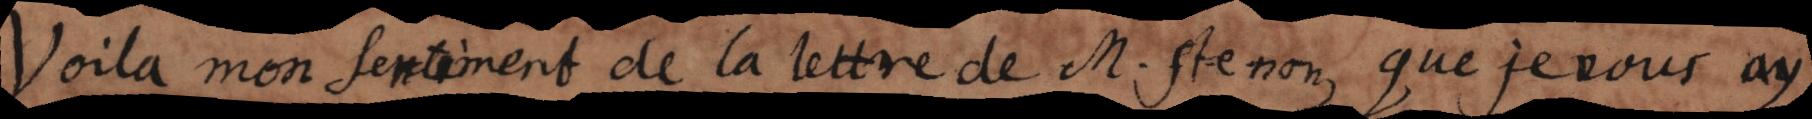
Voilà mon sentiment de la lettre de Mons. Stenon que je vous ay